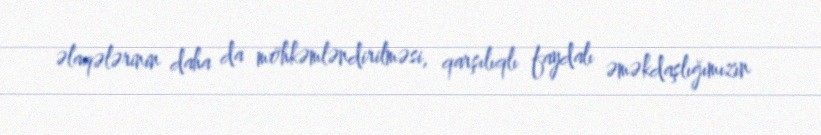
əlaqələrinin daha da möhkəmləndirilməsi, qarşılıqlı faydalı əməkdaşlığımızın